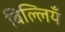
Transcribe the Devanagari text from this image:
बिल्लियँ